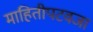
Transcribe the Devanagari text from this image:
माहितीपटवजा